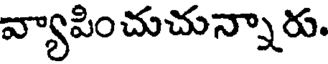
వ్యాపించుచున్నారు.